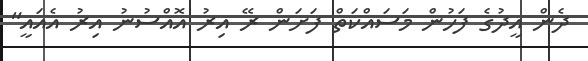
ދެން އީދުގެ ފަހުން މަސައްކަތް ފަށަން ރޭ އިރު އޮއްސުނު އިރު އެއައީ"